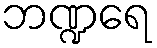
ဘဏ္ဍရေ